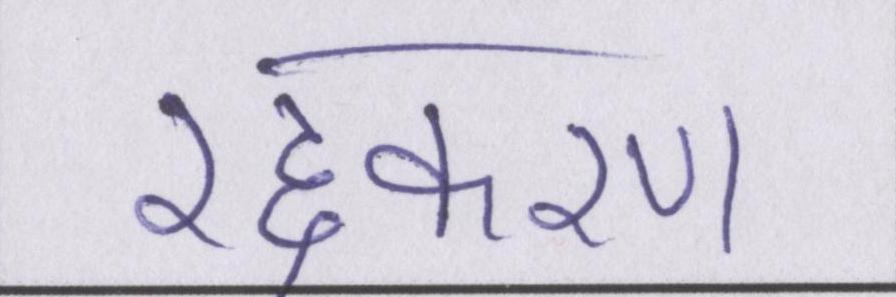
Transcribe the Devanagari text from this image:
रद्दकरण